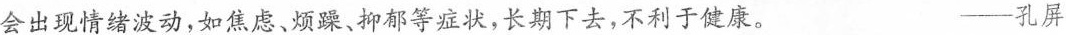
会出现情绪波动，如焦虑，烦躁、抑郁等症状，长期下去，不利于健康。 ——孔屏